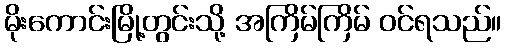
မိုးကောင်းမြို့တွင်းသို့ အကြိမ်ကြိမ် ဝင်ရသည်။